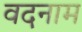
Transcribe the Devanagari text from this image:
वदनाम